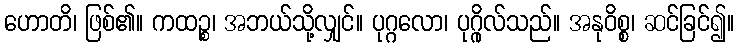
ဟောတိ၊ ဖြစ်၏။ ကထဉ္စ၊ အဘယ်သို့လျှင်။ ပုဂ္ဂလော၊ ပုဂ္ဂိုလ်သည်။ အနုဝိစ္စ၊ ဆင်ခြင်၍။